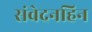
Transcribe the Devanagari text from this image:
संवेदनहिन